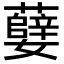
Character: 㜸